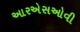
આરએસઓવી